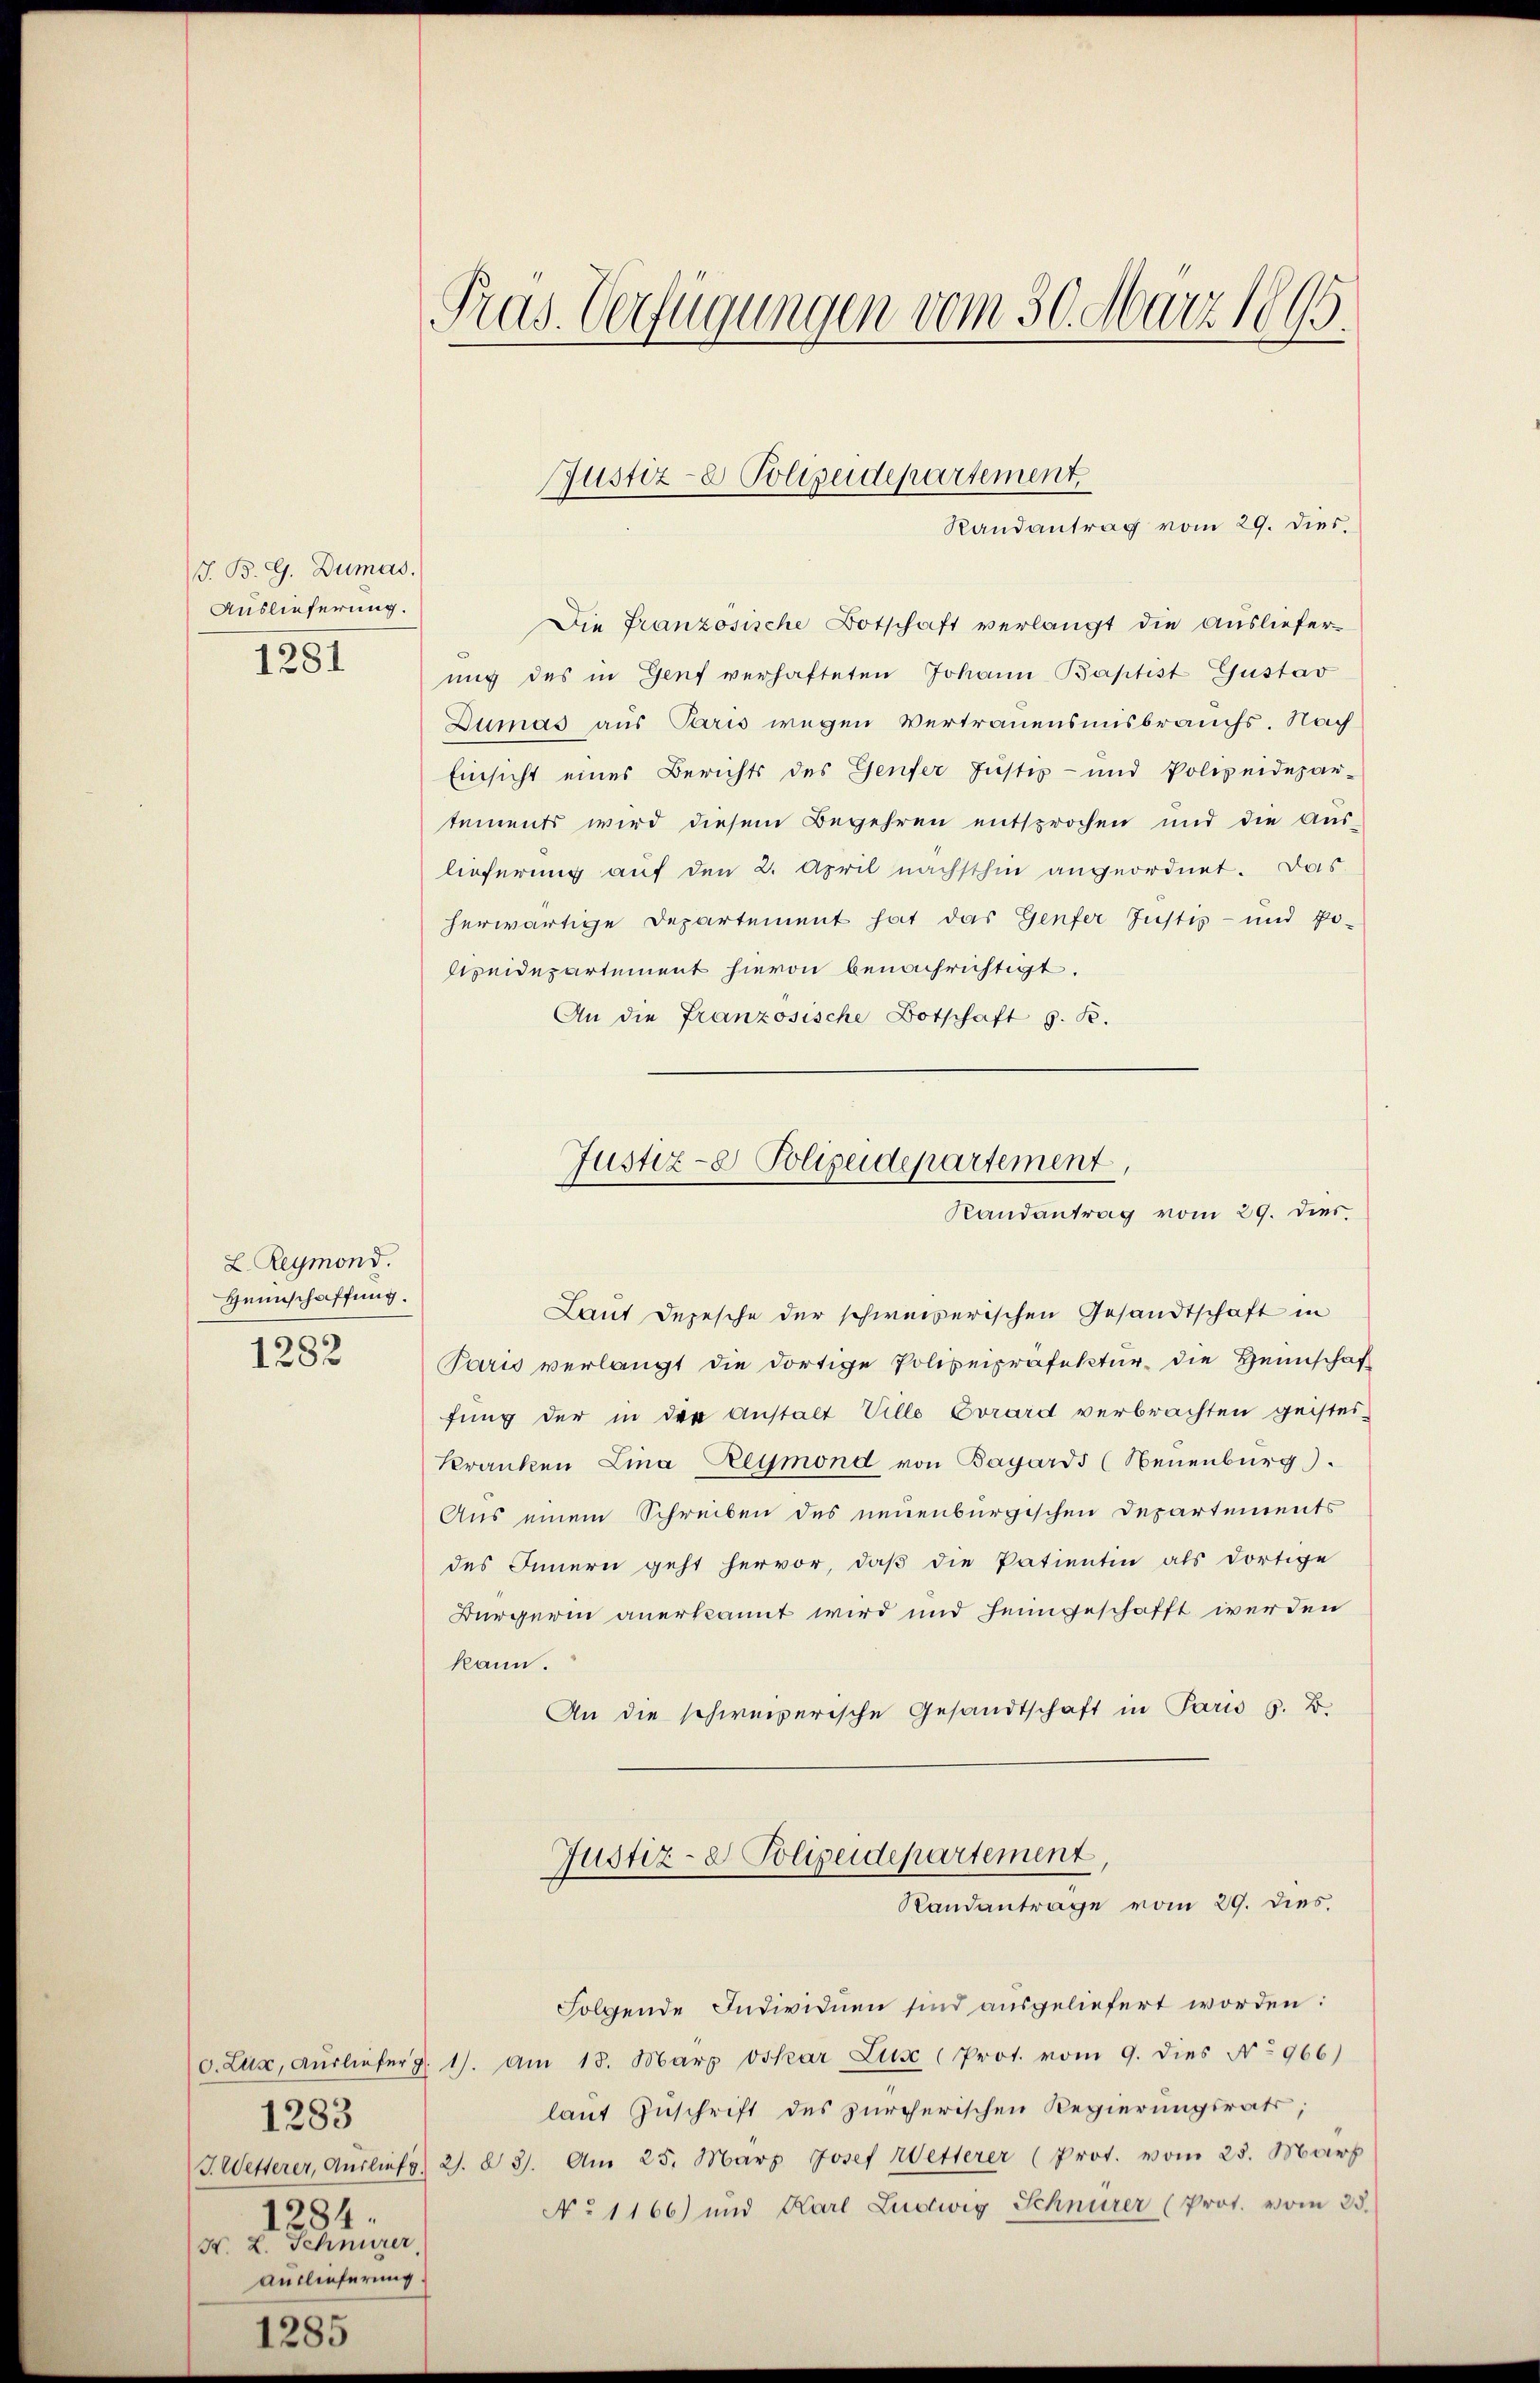
J. B. G. Dumas.
Auslieferung.

1281

L. Reymond.
Heimschaffung.
1282

1283
284.
F. L. Schnurer
Auslieferung.

1285

Pras. Verfügungen vom 30. März 1895.

Die Französische Botschaft verlangt die Auslieferung des in Genf verhafteten Johann Baptist Gustav
Dumas aus Paris wegen Vertrauensmisbrauchs. Nach
Einsicht eines Berichts des Genfer Justiz- und Polizeidepar-
tements wird diesem Begehren entsprochen und die Aus-
lieferung auf den 2. April nächsthin angeordnet. Das
herwärtige Departement hat das Genfer Justiz- und Po-
sipeidepartement hievon benachrichtigt.
An die Franzosische Botschaft z. B.

Laut Depesche der schweizerischen Gesandtschaft in
Paris verlangt die dortige Polizeipräfektur die Heimschaft
fung der in der Anstalt Ville Evrard verbrachten geistes-
Kranken Lina Reymond von Bagards (Neuenburg.
Aus einem Schreiben des neuenburgischen Departements
des Innern geht hervor, daß die Patientin als dortige
Bürgerin anerkannt wird und heimgeschafft werden
kann.
An die schweizerische Gesandtschaft in Paris G. B.

Justiz- Polizeidepartement
Randantrag vom 29. dies,

Justiz- & Polizeidepartement,
Randantrag vom 29. dies

Justiz- & Polizeidepartement,
Randantrage vom 29. dies

Folgende Individuen sind ausgeliefert worden:
v. Lux, Aŭslieferg. 17. am 13. März Oskar Lus (Prot. vom 9. dies No 966)
laut Zuschrift des zürcherischen Regierungsrats;
J. Wetterer, Auslief. 21. d. 31. Am 25. März Josef Wetterer (Prot. vom 25. März
No 1166) und Karl Ludwig Schnürer (Prot. vom 25.